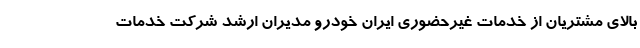
بالای مشتریان از خدمات غیرحضوری ایران خودرو مدیران ارشد شرکت خدمات